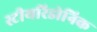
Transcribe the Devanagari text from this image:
स्टीयरिडोनिक